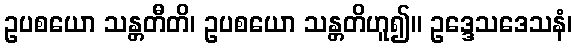
ဥပစယော သန္တတီတိ၊ ဥပစယော သန္တတိဟူ၍။ ဥဒ္ဒေသဒေသနံ၊